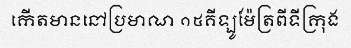
កើតមាននៅប្រមាណ ១៥គីឡូម៉ែត្រពីទីក្រុង